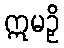
ဣမဉှိ